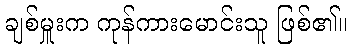
ချစ်မှူးက ကုန်ကားမောင်းသူ ဖြစ်၏။